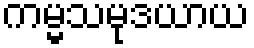
ကမ္မသမုဒယာယ